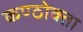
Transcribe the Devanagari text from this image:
कण्ठोक्ता